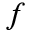
f